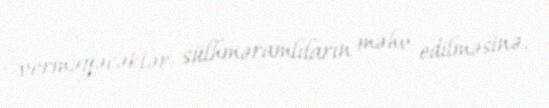
verməyəcəklər: sülhməramlıların məhv edilməsinə.